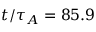
t / \tau _ { A } = 8 5 . 9